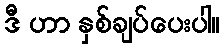
ဒီ ဟာ နှစ်ချပ်ပေးပါ။